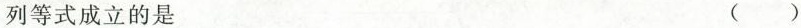
列等式成立的是 ( )